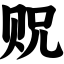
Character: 贶